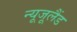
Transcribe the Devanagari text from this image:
न्यूजूलैंड